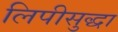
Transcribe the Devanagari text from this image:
लिपीसुद्धा